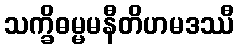
သက္ခိဓမ္မမနီတိဟမဒဿီ